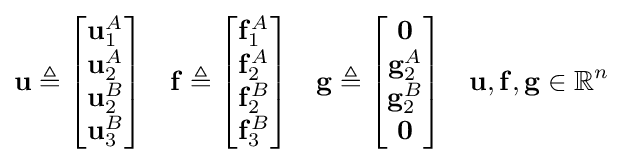
\mathbf {u} \triangleq {\begin{bmatrix}\mathbf {u} _{1}^{A}\\\mathbf {u} _{2}^{A}\\\mathbf {u} _{2}^{B}\\\mathbf {u} _{3}^{B}\\\end{bmatrix}}\quad \mathbf {f} \triangleq {\begin{bmatrix}\mathbf {f} _{1}^{A}\\\mathbf {f} _{2}^{A}\\\mathbf {f} _{2}^{B}\\\mathbf {f} _{3}^{B}\\\end{bmatrix}}\quad \mathbf {g} \triangleq {\begin{bmatrix}\mathbf {0} \\\mathbf {g} _{2}^{A}\\\mathbf {g} _{2}^{B}\\\mathbf {0} \\\end{bmatrix}}\quad \mathbf {u} ,\mathbf {f} ,\mathbf {g} \in \mathbb {R} ^{n}